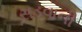
સડવાની